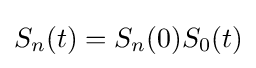
S_{n}(t)=S_{n}(0)S_{0}(t)